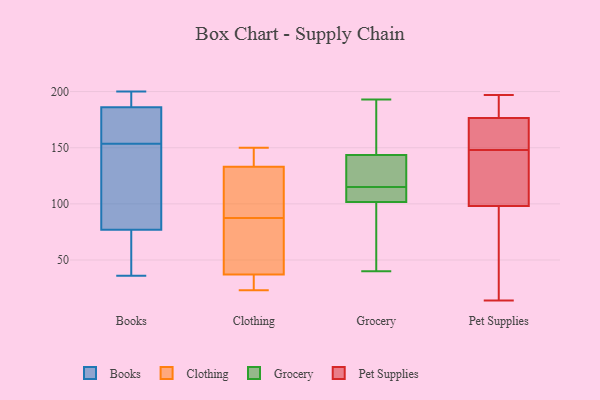
{"axis": {"x": "Shipments", "y": "Value"}, "legend": ["Books", "Clothing", "Grocery", "Pet Supplies"], "data": [{"x": "", "y": 197, "type": "Books"}, {"x": "", "y": 193, "type": "Books"}, {"x": "", "y": 123, "type": "Books"}, {"x": "", "y": 52, "type": "Books"}, {"x": "", "y": 184, "type": "Books"}, {"x": "", "y": 160, "type": "Books"}, {"x": "", "y": 77, "type": "Books"}, {"x": "", "y": 185, "type": "Books"}, {"x": "", "y": 196, "type": "Books"}, {"x": "", "y": 36, "type": "Books"}, {"x": "", "y": 45, "type": "Books"}, {"x": "", "y": 120, "type": "Books"}, {"x": "", "y": 77, "type": "Books"}, {"x": "", "y": 124, "type": "Books"}, {"x": "", "y": 187, "type": "Books"}, {"x": "", "y": 155, "type": "Books"}, {"x": "", "y": 152, "type": "Books"}, {"x": "", "y": 64, "type": "Books"}, {"x": "", "y": 161, "type": "Books"}, {"x": "", "y": 200, "type": "Books"}, {"x": "", "y": 23, "type": "Clothing"}, {"x": "", "y": 139, "type": "Clothing"}, {"x": "", "y": 53, "type": "Clothing"}, {"x": "", "y": 37, "type": "Clothing"}, {"x": "", "y": 150, "type": "Clothing"}, {"x": "", "y": 114, "type": "Clothing"}, {"x": "", "y": 88, "type": "Clothing"}, {"x": "", "y": 87, "type": "Clothing"}, {"x": "", "y": 133, "type": "Clothing"}, {"x": "", "y": 32, "type": "Clothing"}, {"x": "", "y": 111, "type": "Grocery"}, {"x": "", "y": 92, "type": "Grocery"}, {"x": "", "y": 184, "type": "Grocery"}, {"x": "", "y": 40, "type": "Grocery"}, {"x": "", "y": 115, "type": "Grocery"}, {"x": "", "y": 105, "type": "Grocery"}, {"x": "", "y": 131, "type": "Grocery"}, {"x": "", "y": 148, "type": "Grocery"}, {"x": "", "y": 142, "type": "Grocery"}, {"x": "", "y": 55, "type": "Grocery"}, {"x": "", "y": 115, "type": "Grocery"}, {"x": "", "y": 193, "type": "Grocery"}, {"x": "", "y": 107, "type": "Grocery"}, {"x": "", "y": 187, "type": "Pet Supplies"}, {"x": "", "y": 75, "type": "Pet Supplies"}, {"x": "", "y": 164, "type": "Pet Supplies"}, {"x": "", "y": 179, "type": "Pet Supplies"}, {"x": "", "y": 152, "type": "Pet Supplies"}, {"x": "", "y": 94, "type": "Pet Supplies"}, {"x": "", "y": 179, "type": "Pet Supplies"}, {"x": "", "y": 115, "type": "Pet Supplies"}, {"x": "", "y": 46, "type": "Pet Supplies"}, {"x": "", "y": 110, "type": "Pet Supplies"}, {"x": "", "y": 169, "type": "Pet Supplies"}, {"x": "", "y": 148, "type": "Pet Supplies"}, {"x": "", "y": 111, "type": "Pet Supplies"}, {"x": "", "y": 14, "type": "Pet Supplies"}, {"x": "", "y": 197, "type": "Pet Supplies"}]}